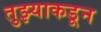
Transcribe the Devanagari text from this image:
तुझ्याकडून